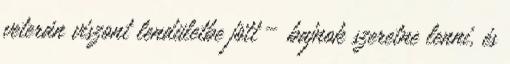
veterán viszont lendületbe jött – bajnok szeretne lenni, és